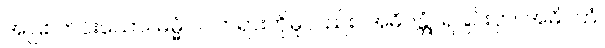
အပြစ်ကင်းသော။ ဓမ္မံ ဝါ၊ တရားကိုမူလည်း။ အဓိဂန္တုံ၊ ရခြင်းငှာ။ အဓိဂတံ၊